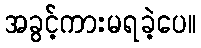
အခွင့်ကားမရခဲ့ပေ။